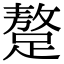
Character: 𨅚